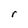
Character: r